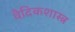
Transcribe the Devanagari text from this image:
वैदिकशास्त्र